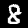
Digit: 8